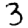
Digit: 3